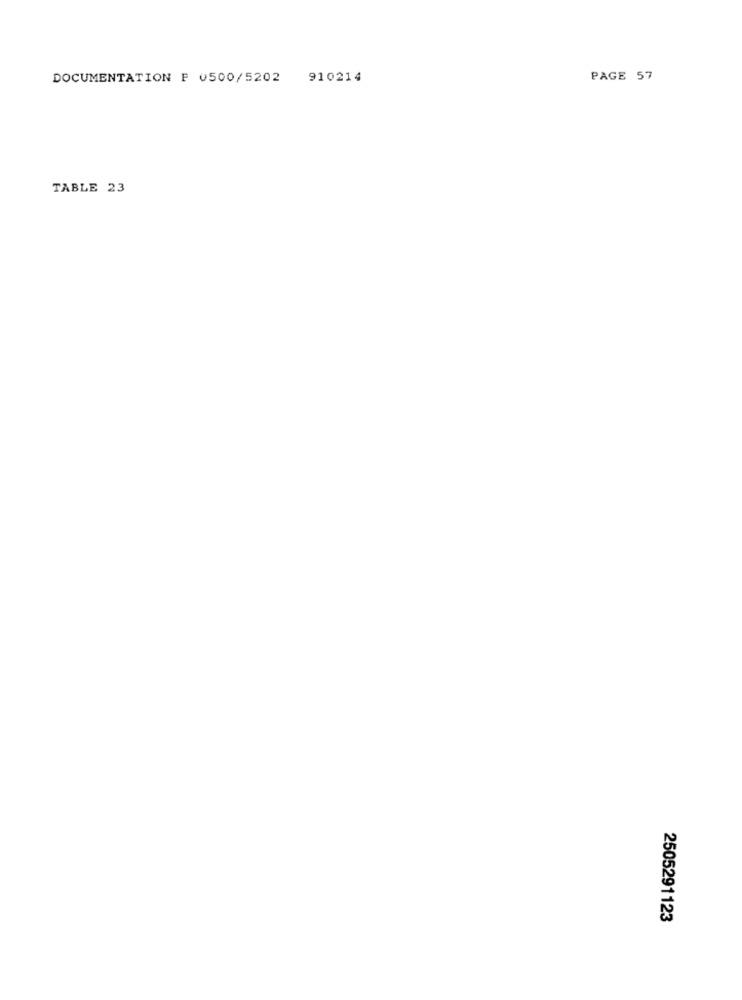
DOCUMENTATION F 0500/5202
910214
PAGE 57
TABLE 23
2505291123